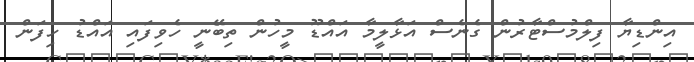
އިންޑިޔާ ފިލްމުސްޓާރުން ގެނެސް އަޅާލީމާ އައްޑޫ މީހުން ތިބޭނީ ހެވިފައި އައްޑު ހިފަން